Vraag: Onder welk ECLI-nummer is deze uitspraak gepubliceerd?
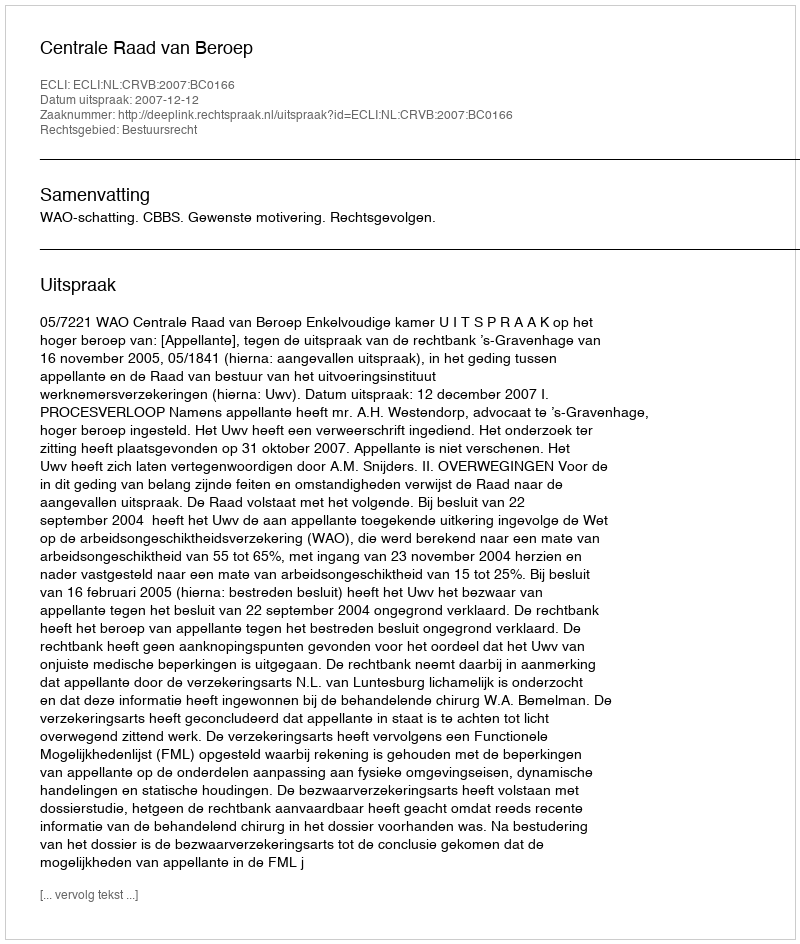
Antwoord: ECLI:NL:CRVB:2007:BC0166